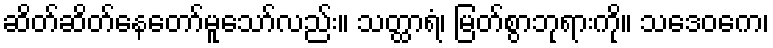
ဆိတ်ဆိတ်နေတော်မူသော်လည်း။ သတ္ထာရံ၊ မြတ်စွာဘုရားကို။ သဒေဝကေ၊